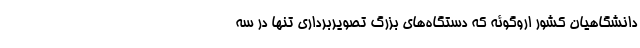
دانشگاهیان کشور اروگوئه که دستگاه‌های بزرگ تصویربرداری تنها در سه